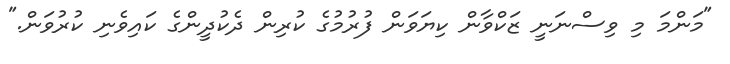
"މަންމަ މި ވިސްނަނީ ޒަކްވާން ކިޔަވަން ފުރުމުގެ ކުރިން ދެކުދީންގެ ކައިވެނި ކުރުވަން."